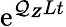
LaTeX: \mathrm{e}^{\mathcal{Q}_{\boldsymbol Z}Lt}